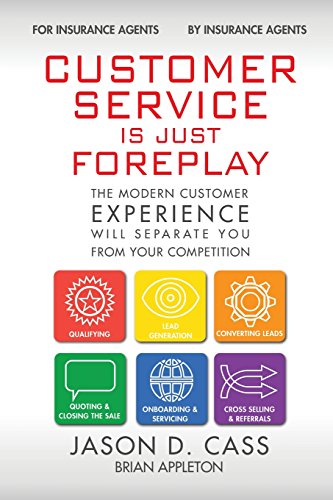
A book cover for Customer Service Is Just Foreplay: The Modern Customer Experience Will Separate You From The Competition; Brian Appleton; Business & Money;